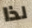
لذا